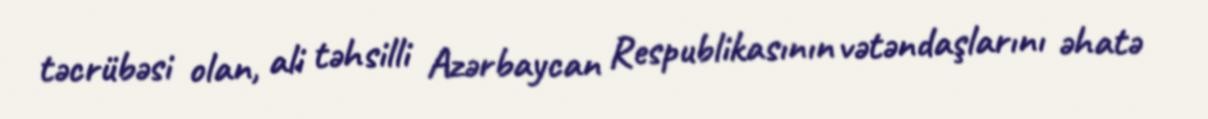
təcrübəsi olan, ali təhsilli Azərbaycan Respublikasının vətəndaşlarını əhatə